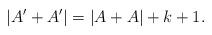
LaTeX: \begin{align*}|A'+A'| = |A+A| + k+1.\end{align*}